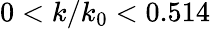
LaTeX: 0<k/k_{0}<0.514